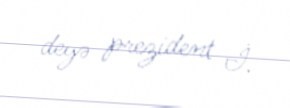
deyə prezident İ.